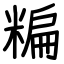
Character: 糄